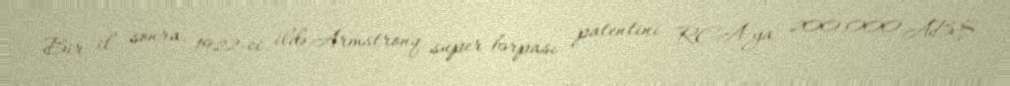
Bir il sonra, 1922-ci ildə Armstronq super-bərpası patentini RCA-ya 200,000 ABŞ